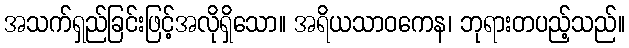
အသက်ရှည်ခြင်းဖြင့်အလိုရှိသော။ အရိယသာဝကေန၊ ဘုရားတပည့်သည်။